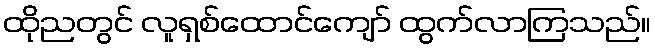
ထိုညတွင် လူရှစ်ထောင်ကျော် ထွက်လာကြသည်။